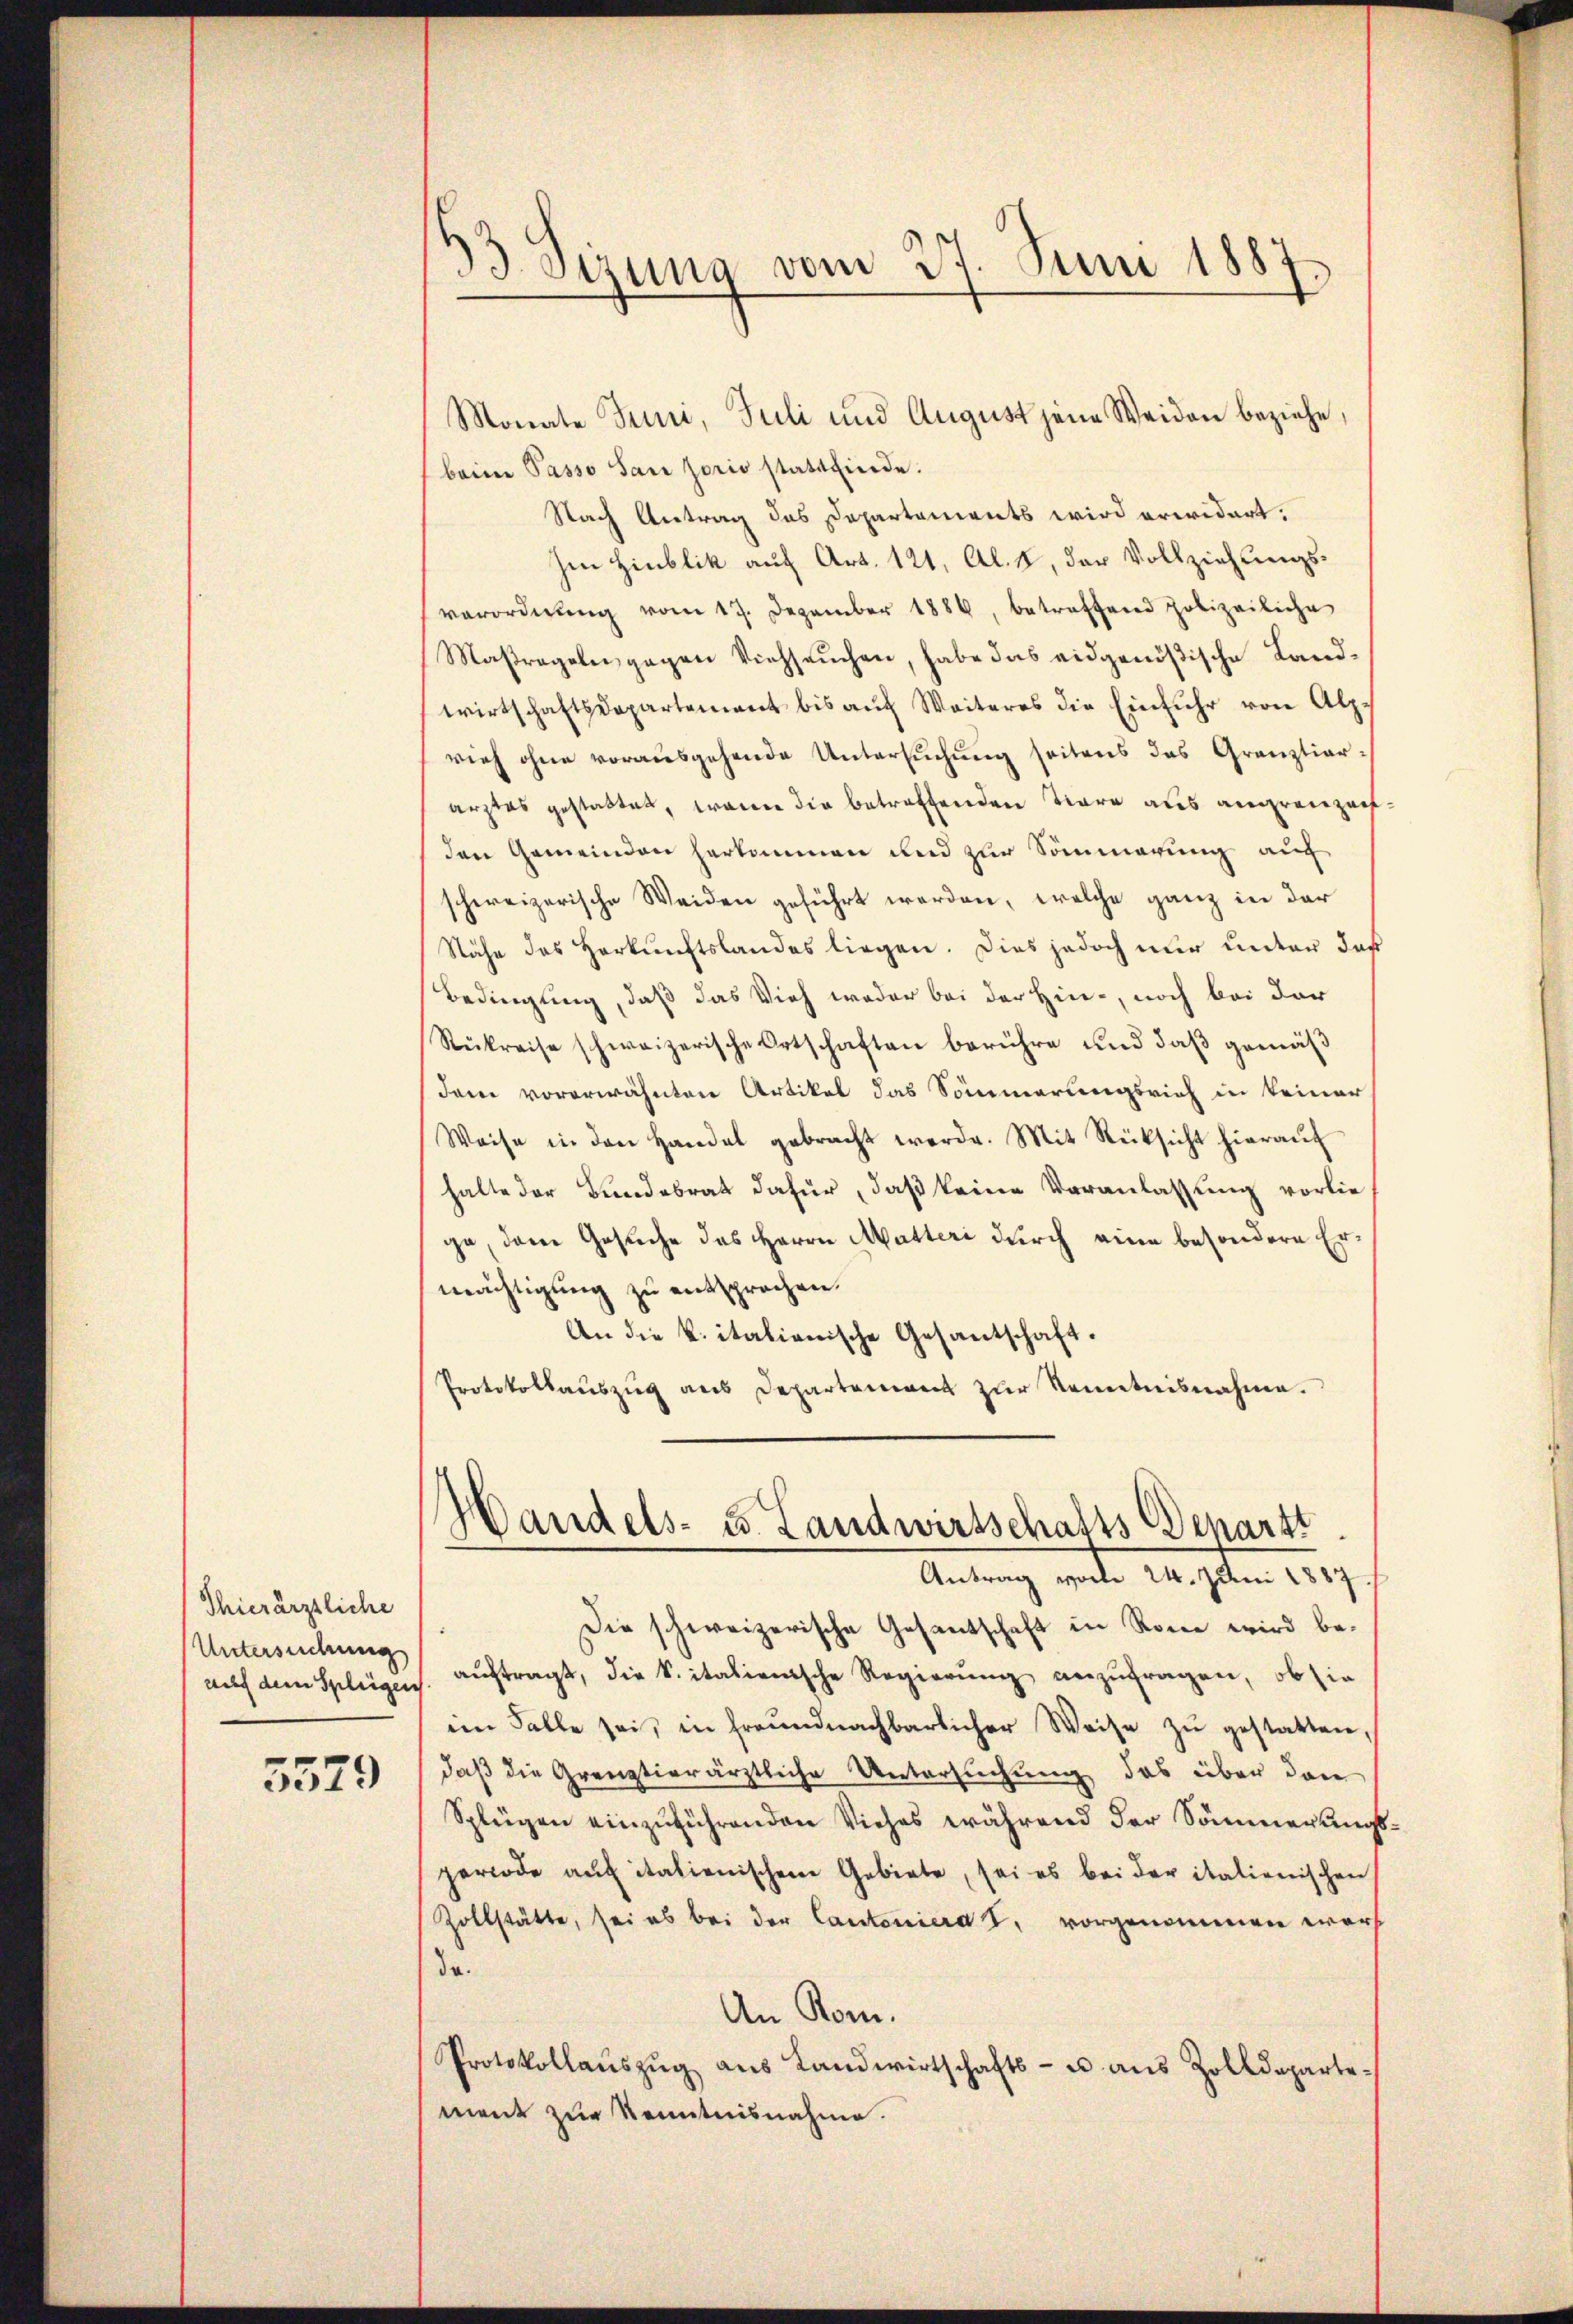
Thierärztliche
Untersuchung

3579

3 Sizung vom 27. Juni 1887

Monate Juni, Juli und August jene Weiden beziehe,
beine Passo San sorio stattfinde.
Nach Antrag des Departements wird erwidert,
Im Hinblik auf Art. 121, Al. 1, der Vollziehungsverordnŭng vom 17. Dezember 1886, betreffend polizeiliche
Maßregeln gegen Viehseuchen, habe das eidgenößische Landwirtschaftsdepartement bis aŭf Weiteres die Einfuhr von Alpe
vieh ohne vorausgehende Untersuchung seitens des Granztiararztes gestattet, wenn die betreffenden Tiere aus angrenzenfden Gemeinden herkommen und zur Sommerung auf
schweizerische Weiden geführt werden, welche ganz in der
Nähe des Herkunftslandes liegen. Dies jedoch nur unter daß
Bedingung, daß das Vieh weder bei der Hin-, noch bei der
Stükreise schweizerische Ortschaften berühre und daß gemäß
dam vorerwähnten Artikel das Sommerungsrich in keiner
Weise in den Handel gebracht werde. Mit Rücksicht hieraŭf
halte der Bundesrat dafür, daß keine Veranlassung vorliege, dem Gesuche das Herrn Mutteri durch eine besondere Ermächtigung zu entsprochen.
An die k. italienische Gesantschaft.
Protokollauszug aus Departement zŭr Kenntnisnahme.

)
Vandels- u. Landwirtschafts-Departt
Antrag vom 24. Juni 1887

Die schweizerische Gesantschaft in Rone wird beauf dem Splügen. aŭftragt, die Spitalienische Regierŭng anzŭfragen, ob sie
im Falle sei, in freundnachbarlicher Weise zŭ gestatten,
daß die Grenztierärztliche Untersuchung das über den
Splügen einzuführenden Viehes während der Sömmerungsperiode aŭf italienischen Gebiete, sei es bei der italienischen
Zollstätte, sei es bei der Cantonierat, vorgenommen war
d
An Rom.
Protokollaŭszŭg aŭs Landwirtschafts- u aŭs Zolldepartement zur Kenntnisnahme.